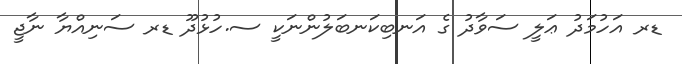
ޑރ އަހުމަދު ޢަލީ ސަވާދު ގެ އަނބިކަނބަލުންނަކީ ސ.ހުޅުދޫ ޑރ ސަނިއްޔާ ނާޖީ